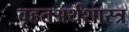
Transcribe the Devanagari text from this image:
वृहतअर्थशास्त्र